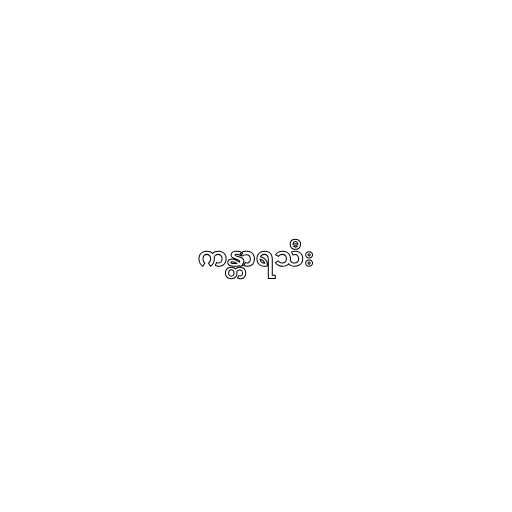
ကန္တာရသီး